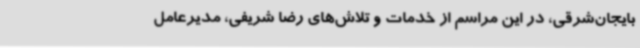
بایجان‌شرقی، در این مراسم از خدمات و تلاش‌های رضا شریفی، مدیرعامل